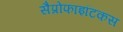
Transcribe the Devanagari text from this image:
सैप्रोफाइटिकस